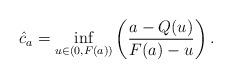
LaTeX: \begin{align*} \hat c_a = \inf_{u \in (0,F(a))} \left( \frac{a-Q(u)}{F(a)-u} \right).\end{align*}